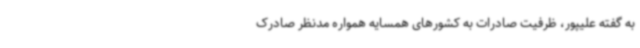
به گفته علیپور، ظرفیت صادرات به کشورهای همسایه همواره مدنظر صادرک